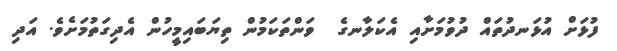
ފުޅަށް އުޅަނދުތައް ދުވުމަށާއި އެކަލާނގެ  ވަންތަކަމުން ތިޔަބައިމީހުން އެދިގަތުމަށެވެ. އަދި